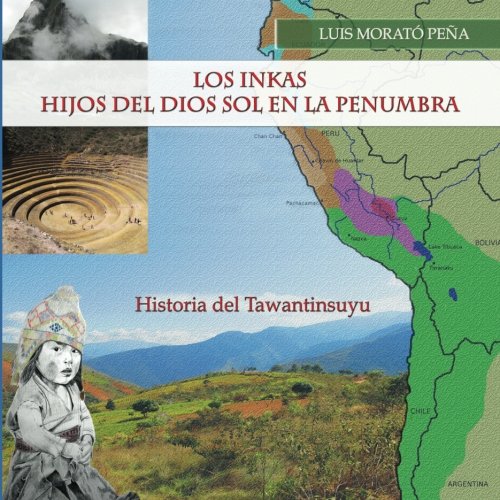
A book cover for Los Inkas Hijos del Dios Sol en la Penumbra: Historia del Tawantinsuyu (Spanish Edition); Luis MoratÃ³ PeÃ±a; History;